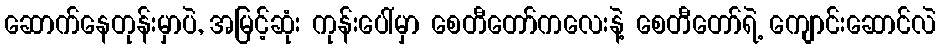
ဆောက်နေတုန်းမှာပဲ, အမြင့်ဆုံး ကုန်းပေါ်မှာ စေတီတော်ကလေးနဲ့ စေတီတော်ရဲ့ ကျောင်းဆောင်လဲ